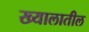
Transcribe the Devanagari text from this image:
ख्यालातील